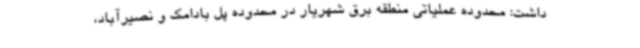
داشت: محدوده عملیاتی منطقه برق شهریار در محدوده پل بادامک و نصیرآباد،